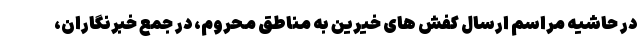
در حاشیه مراسم ارسال کفش های خیرین به مناطق محروم، در جمع خبرنگاران،